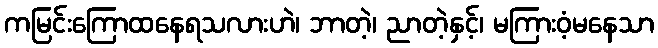
ကမြင်းကြောထနေရသလားဟဲ၊ ဘာတဲ့၊ ညာတဲ့နှင့်၊ မကြားဝံ့မနေသာ